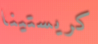
كريستينا